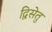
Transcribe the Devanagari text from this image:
द्विसेतु